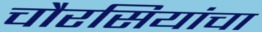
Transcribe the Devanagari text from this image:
चौरसियांचा